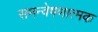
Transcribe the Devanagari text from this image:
समन्वेषणात्मक